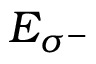
E _ { \sigma ^ { - } }